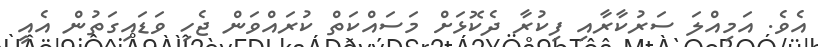
އެވެ. އަމިއްލަ ސަރުކާރާއި ފިކުރާ ދެކޮޅަށް މަސައްކަތް ކުރައްވަން ޖެހި ވަޑައިގަތުން އެއީ